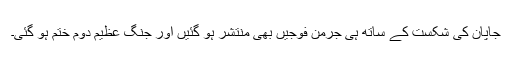
جاپان کی شکست کے ساتھ ہی جرمن فوجیں بھی منتشر ہو گئیں اور جنگ ِعظیم دوم ختم ہو گئی۔